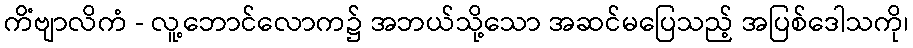
ကိံဗျာလိကံ - လူ့ဘောင်လောက၌ အဘယ်သို့သော အဆင်မပြေသည့် အပြစ်ဒေါသကို၊